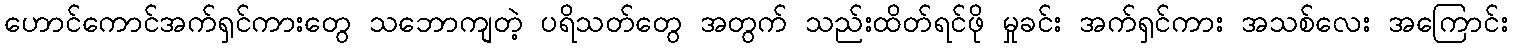
ဟောင်ကောင်အက်ရှင်ကားတွေ သဘောကျတဲ့ ပရိသတ်တွေ အတွက် သည်းထိတ်ရင်ဖို မှုခင်း အက်ရှင်ကား အသစ်လေး အကြောင်း